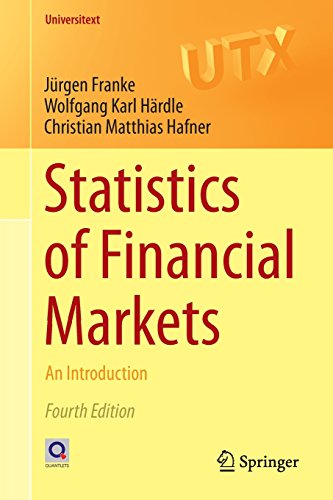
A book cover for Statistics of Financial Markets: An Introduction (Universitext); JÃ¼rgen Franke; Science & Math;